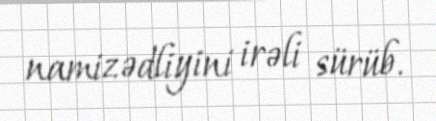
namizədliyini irəli sürüb.